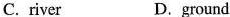
C. river D.ground